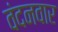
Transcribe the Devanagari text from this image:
वंदनवार